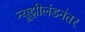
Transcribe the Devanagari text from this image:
न्यूझीलंडनंतर